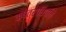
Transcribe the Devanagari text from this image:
क्षेत्राधिपति